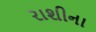
રાશીના